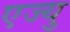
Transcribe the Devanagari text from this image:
एज्यु